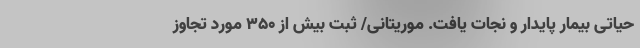
حیاتی بیمار پایدار و نجات یافت. موریتانی/ ثبت بیش از ۳۵۰ مورد تجاوز